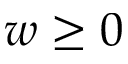
w \ge 0